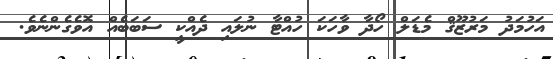
އަހުމަދު މަރުޒޫޤް މެޑަލް ހޯދާ ވާހަކަ ހުއްޓާ ނުލައި ދެއްކީ ސަބަބެއް އޮވެގެންނެވެ.